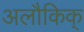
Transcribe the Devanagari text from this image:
अलौकिक्